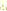
: